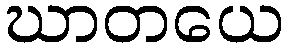
ဃာတယေ